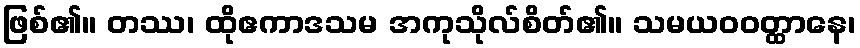
ဖြစ်၏။ တဿ၊ ထိုဧကာဒသမ အကုသိုလ်စိတ်၏။ သမယဝဝတ္ထာနေ၊